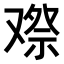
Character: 𠭫